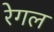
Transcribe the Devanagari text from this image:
रेगल